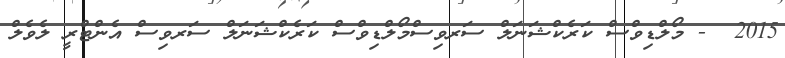
2015  - މޯލްޑިވްސް ކަރެކްޝަނަލް ސަރވިސްމޯލްޑިވްސް ކަރެކްޝަނަލް ސަރވިސް އެންޓްރީ ލެވެލް